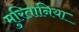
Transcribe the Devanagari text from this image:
मुरितानिया